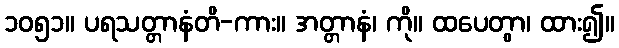
၁၀၅၁။ ပရသတ္တာနံတိ-ကား။ အတ္တာနံ၊ ကို။ ထပေတွာ၊ ထား၍။